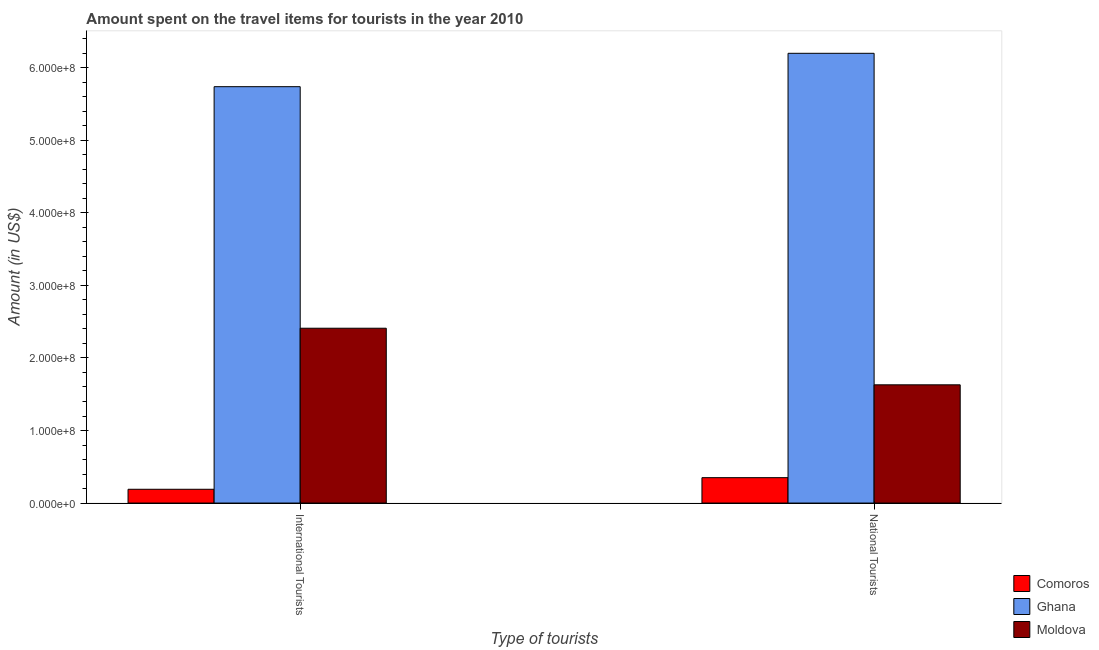
| Type of tourists | Comoros | Ghana | Moldova |
 | --- | --- | --- | --- |
 | International Tourists | 1.9e+07 | 5.74e+08 | 2.41e+08 |
 | National Tourists | 3.5e+07 | 6.2e+08 | 1.63e+08 |